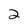
Character: 2